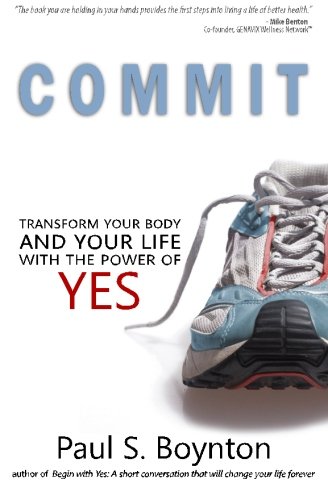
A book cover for Commit: Transform Your Body and Your Life With the Power of Yes; Paul S Boynton; Health, Fitness & Dieting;